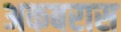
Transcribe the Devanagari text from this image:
अकबरास